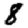
Digit: 8